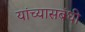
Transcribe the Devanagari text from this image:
यांच्यासबंधी